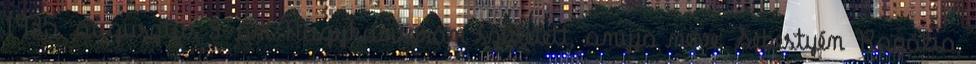
1935. augusztus 3-án Nagykanizsán született, anyja neve: Sebestyén Rozália,